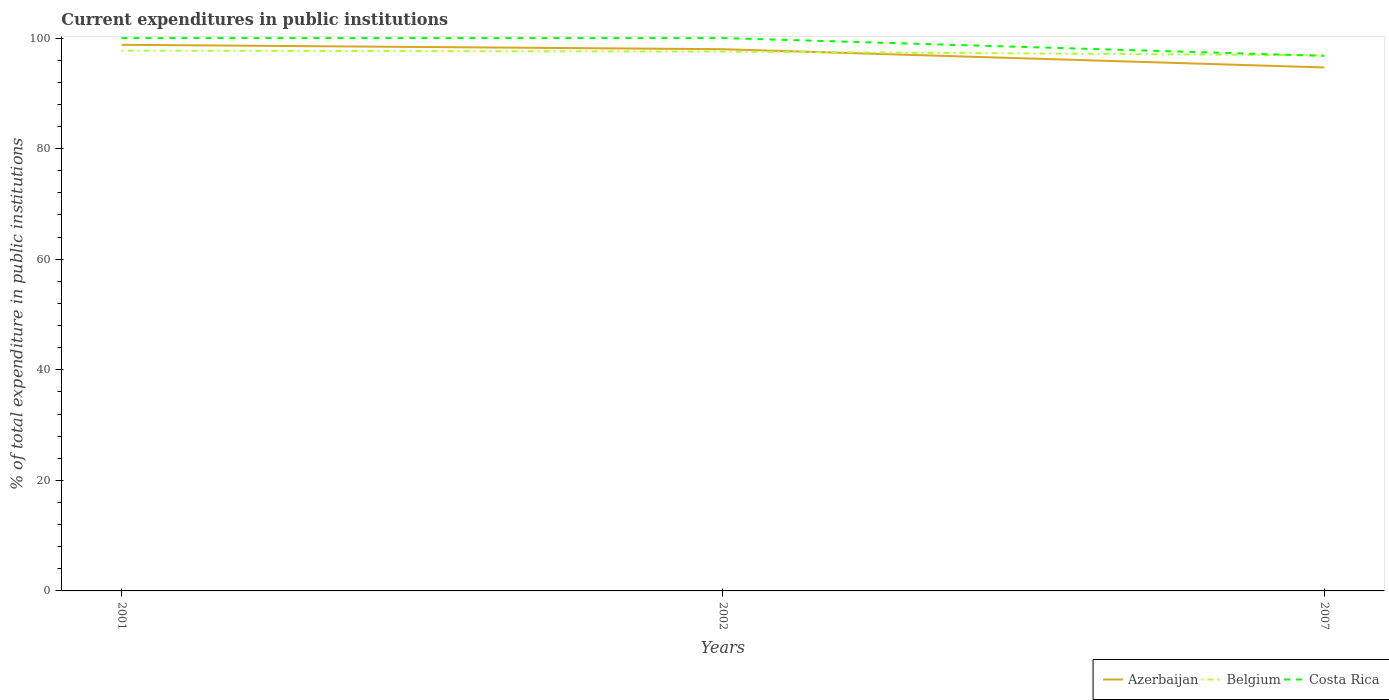
| Years | Azerbaijan | Belgium | Costa Rica |
 | --- | --- | --- | --- |
 | 2001 | 98.8 | 97.7 | 100 |
 | 2002 | 98 | 97.6 | 100 |
 | 2007 | 94.7 | 96.9 | 96.8 |